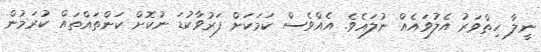
ނީލާ ހިތްވަރު އެލުވައެއް ނުލައެވެ. އެއްވެސް ކަމަކަށް ފަރުވާކުޑަ ނުކޮށް ކަންތައްތައް ކުރަމުން